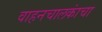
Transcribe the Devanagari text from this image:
वाहनचालकांचा